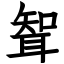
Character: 聟